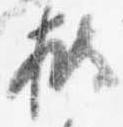
披